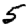
Digit: 5